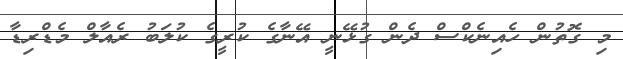
މި ގޮތުން ހެއިނެކްސް ދެން ގުޅޭނީ އޭނާގެ ކުރީގެ ކުލަބު ރެއާލް މެޑްރިޑާ